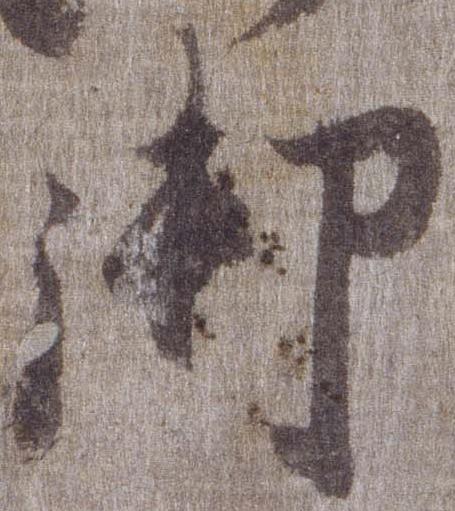
御